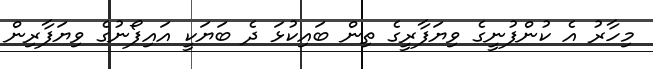
މިހާރު އެ ކުންފުނީގެ ވިޔަފާރީގެ ތިން ބައިކުޅަ ދެ ބަޔަކީ އައިފޯނުގެ ވިޔަފާރިން